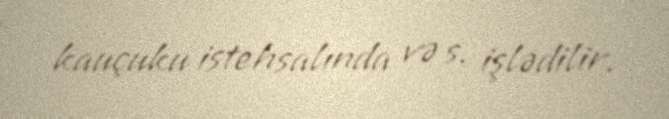
kauçuku istehsalında və s. işlədilir.